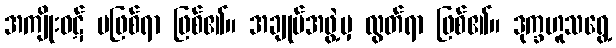
အကျိုးဝဋ် မဖြစ်ရာ ဖြစ်၏။ အချုပ်အဖွဲ့မှ လွတ်ရာ ဖြစ်၏။ ဒုက္ခဟူသရွေ့